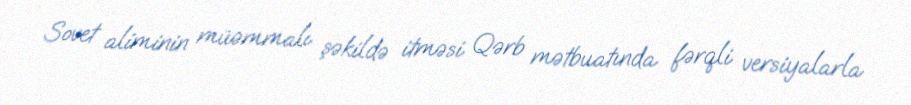
Sovet aliminin müəmmalı şəkildə itməsi Qərb mətbuatında fərqli versiyalarla